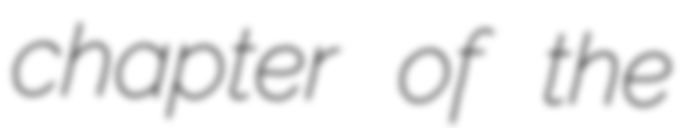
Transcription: chapter of the